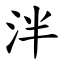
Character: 泮